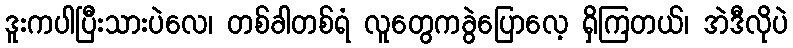
ဒူးကပါပြီးသားပဲလေ၊ တစ်ခါတစ်ရံ လူတွေကခွဲပြောလေ့ ရှိကြတယ်၊ အဲဒီလိုပဲ